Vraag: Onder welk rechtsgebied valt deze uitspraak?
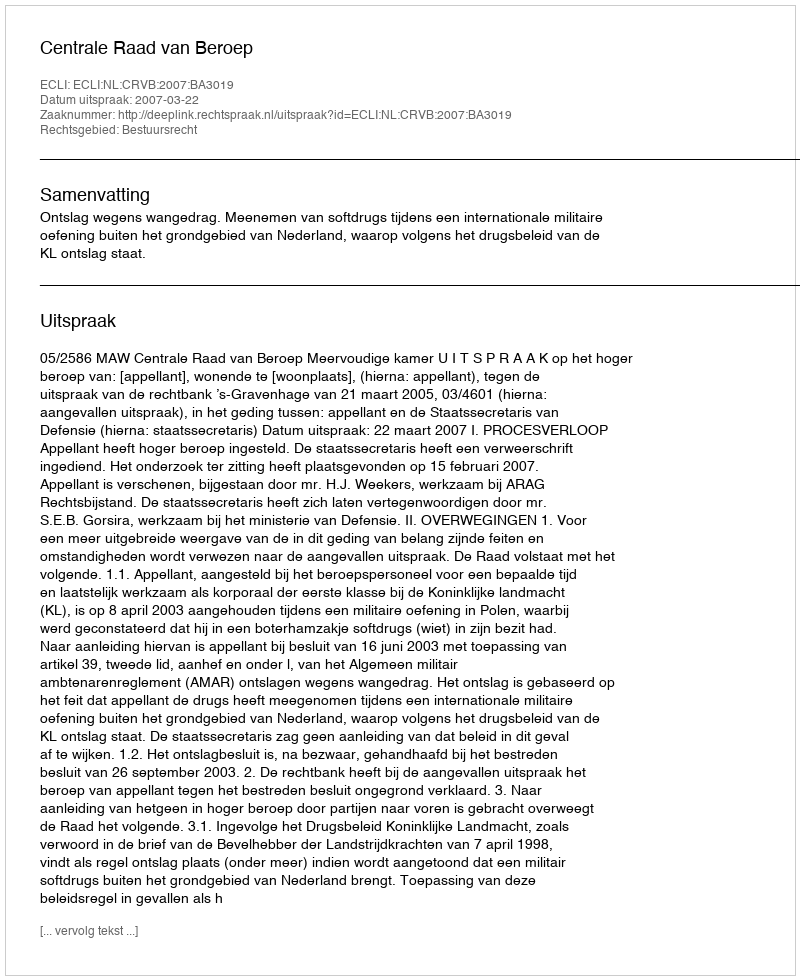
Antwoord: Bestuursrecht